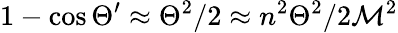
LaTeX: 1-\cos\Theta^{\prime}\approx\Theta^{2}/2\approx n^{2}\Theta^{2}/2\mathcal{M}^{2}